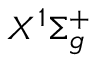
X ^ { 1 } \Sigma _ { g } ^ { + }